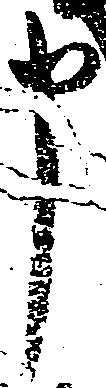
申